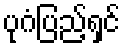
ပုဂံပြည့်ရှင်